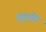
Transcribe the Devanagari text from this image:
लुतुफी